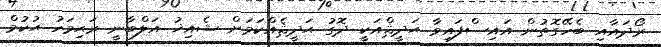
ރޯދައާއި ބެހޭގޮތުން އައިސްފައިވާ ޙަދީޘްއަކީ ދޮގު ޙަދީޘެއްކަމަށް ޝެއިޚު އަލްބާނީ ރަޙިމަހު ޙުކުމް